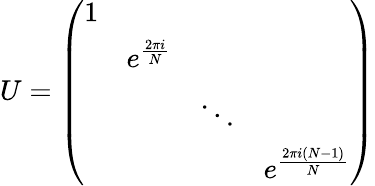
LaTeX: U=\left(\begin{array}{llll}{{1}}&{{}}&{{}}&{{}}\\ {{}}&{{e^{\frac{2\pi i}{N}}}}&{{}}&{{}}\\ {{}}&{{}}&{{\ddots}}&{{}}\\ {{}}&{{}}&{{}}&{{e^{\frac{2\pi i(N-1)}{N}}}}\end{array}\right)